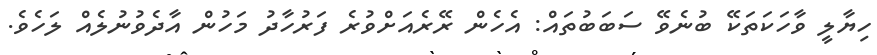
ހިޔާލީ ވާހަަކަތަކޭ ބުނެވޭ ސަބަބުތައް: އެހެން ރޭރެއަށްވުރެ ފަރުހާދު މަހުން އާދެވުނުލެއް ލަހެވެ.